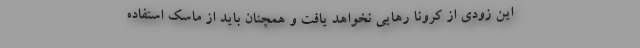
این زودی از کرونا رهایی نخواهد یافت و همچنان باید از ماسک استفاده